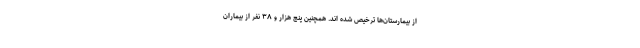
از بیمارستان‌ها ترخیص شده اند. همچنین پنج هزار و ۳۸ نفر از بیماران